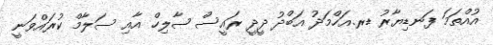
އުއްތަމަ ފަނޑިޔާރު ޑރ.އަހްމަދު އަބްދު ދީދީ ރައީސް ޞާލިހް އާއި ސަލާމް ކުރައްވަނީ